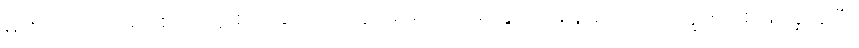
မားဘာ့ဂ် ဗိုင်းရပ်စ်ပိုး ကူးစက်ခံထားရသူ အမျိုးသားတွေအနေနဲ့ ရောဂါလက္ခဏာ စဖြစ်ခဲ့အပြီး